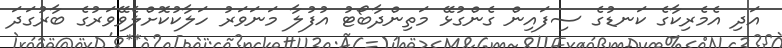
އަދި އެމެރިކާގެ ކަނޑުގެ ސިފައިން ގެންގުޅޭ މަތިންދާބޯޓު އުފުލާ މަނަވަރު ހަލާކުކޮށްލެވޭވަރުގެ ބާރުގަދަ